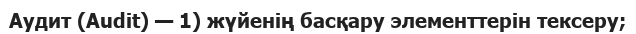
Аудит (Audit) — 1) жүйенің басқару элементтерін тексеру;